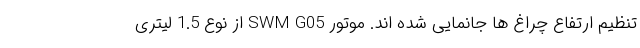
تنظیم ارتفاع چراغ ها جانمایی شده اند. موتور SWM G05 از نوع 1.5 لیتری